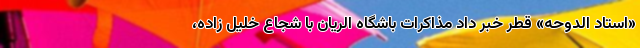
«استاد الدوحه» قطر خبر داد مذاکرات باشگاه الریان با شجاع خلیل زاده،